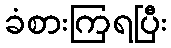
ခံစားကြရပြီး